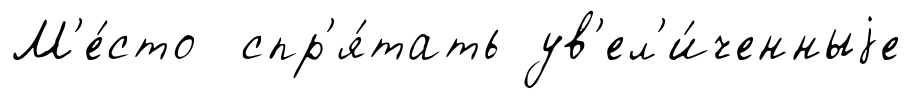
М'е́сто спр'я́тать ув'ел'и́ченныjе